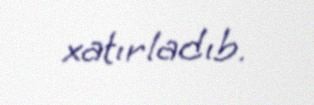
xatırladıb.